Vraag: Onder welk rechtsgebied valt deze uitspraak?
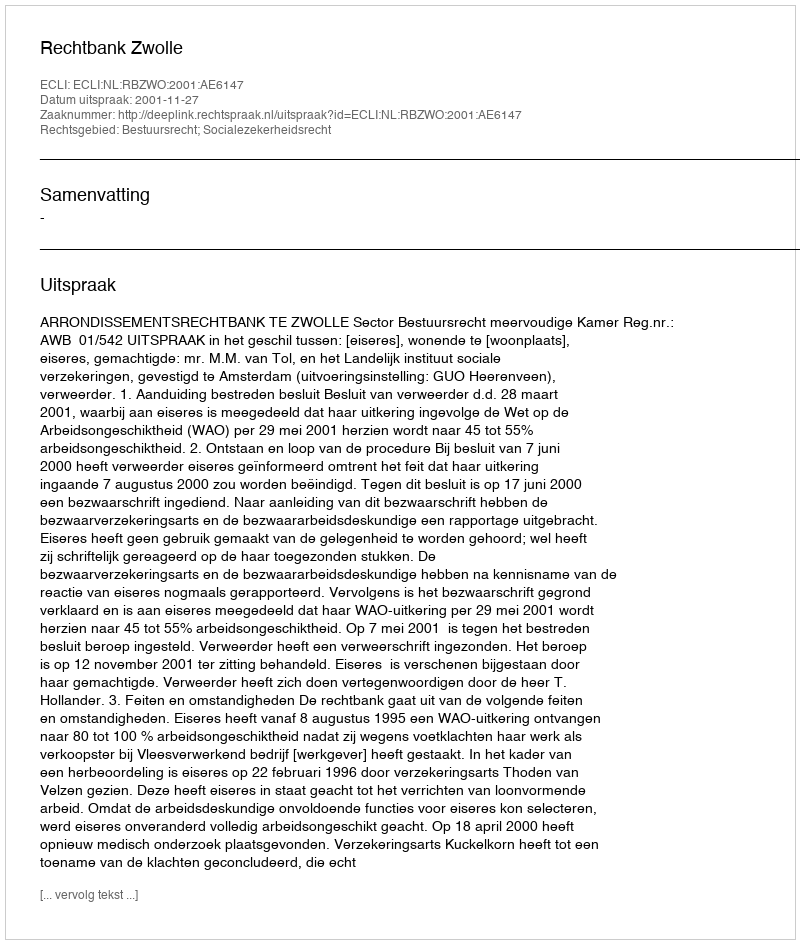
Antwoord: Bestuursrecht; Socialezekerheidsrecht